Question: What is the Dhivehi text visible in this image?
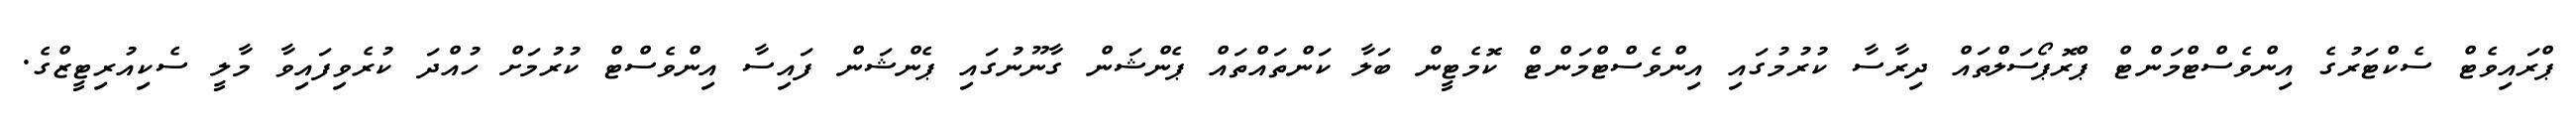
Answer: ޕްރައިވެޓް ސެކްޓަރުގެ އިންވެސްޓްމަންޓް ޕްރޮޕޯސަލްތައް ދިރާސާ ކުރުމުގައި އިންވެސްޓްމަންޓް ކޮމެޓީން ބަލާ ކަންތައްތައް ޕެންޝަން ގާނޫނުގައި ޕެންޝަން ފައިސާ އިންވެސްޓް ކުރުމަށް ހުއްދަ ކުރެވިފައިވާ މާލީ ސެކިއުރިޓީޒްގެ.